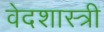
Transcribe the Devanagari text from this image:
वेदशास्त्री